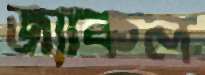
জ্যাকল